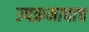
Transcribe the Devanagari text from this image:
उपक्रमाचाच